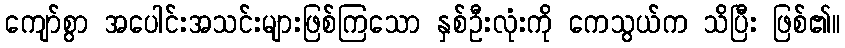
ကျော်စွာ အပေါင်းအသင်းများဖြစ်ကြသော နှစ်ဦးလုံးကို ကေသွယ်က သိပြီး ဖြစ်၏။